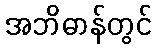
အဘိဓာန်တွင်